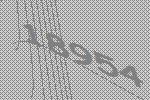
18954